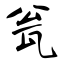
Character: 瓮